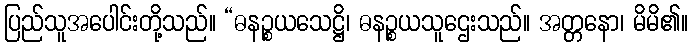
ပြည်သူအပေါင်းတို့သည်။ “ဓနဉ္စယသေဋ္ဌိ၊ ဓနဉ္စယသူဌေးသည်။ အတ္တနော၊ မိမိ၏။